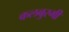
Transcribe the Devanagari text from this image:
कलबुरगी